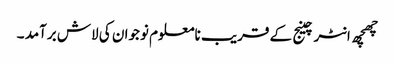
چھچھ انٹرچینج کے قریب نامعلوم نوجوان کی لاش برآمد ۔